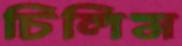
চিলিম